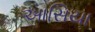
આસિયા